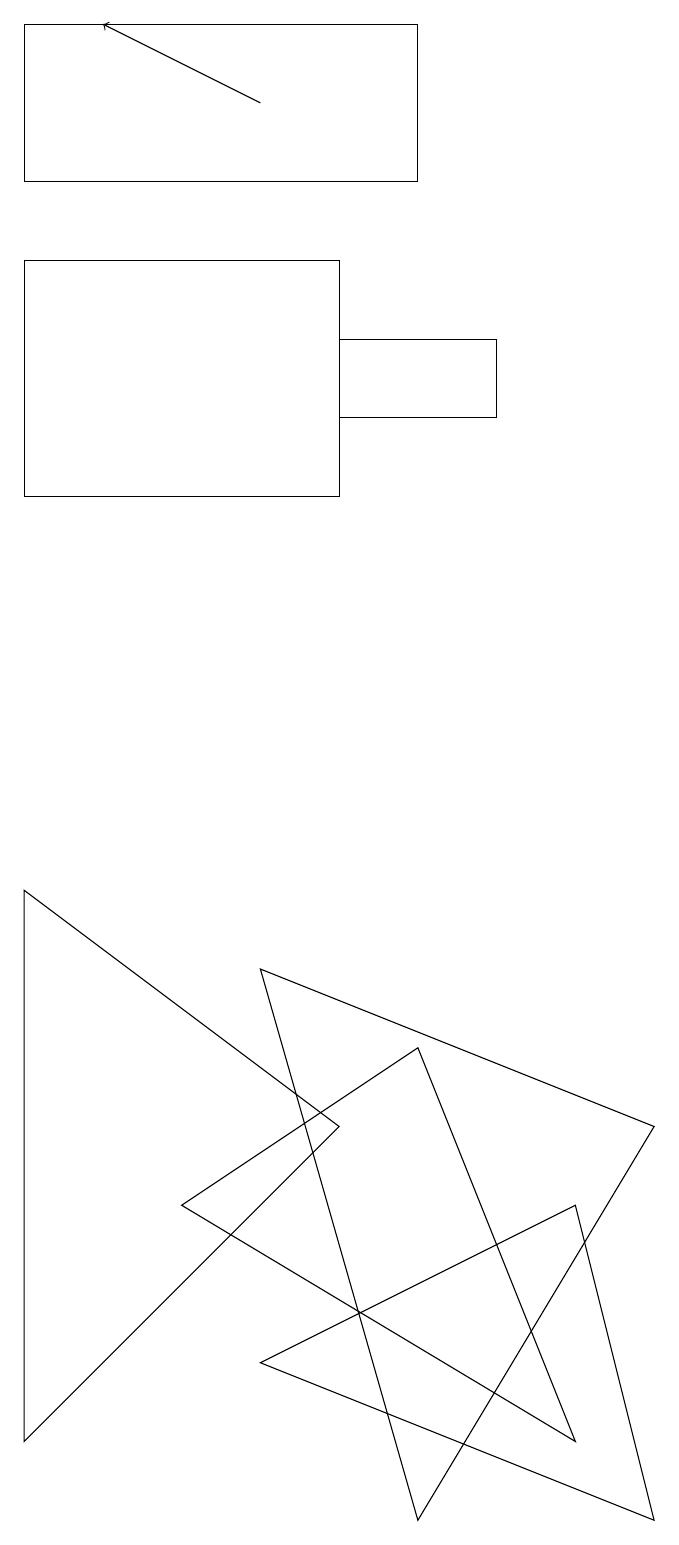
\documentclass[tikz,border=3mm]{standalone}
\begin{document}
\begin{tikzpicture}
\draw (5,19) rectangle (0,17);
\draw (0,8) -- (4,5) -- (0,1) -- cycle;
\draw (8,0) -- (3,2) -- (7,4) -- cycle;
\draw[->] (3,18) -- (1,19);
\draw (2,4) -- (5,6) -- (7,1) -- cycle;
\draw (6,14) rectangle (4,15);
\draw (4,13) rectangle (0,16);
\draw (8,5) -- (3,7) -- (5,0) -- cycle;
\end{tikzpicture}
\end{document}